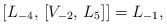
LaTeX: \begin{align*}[L_{-4}, \, [V_{-2}, \, L_5]] = L_{-1},\end{align*}